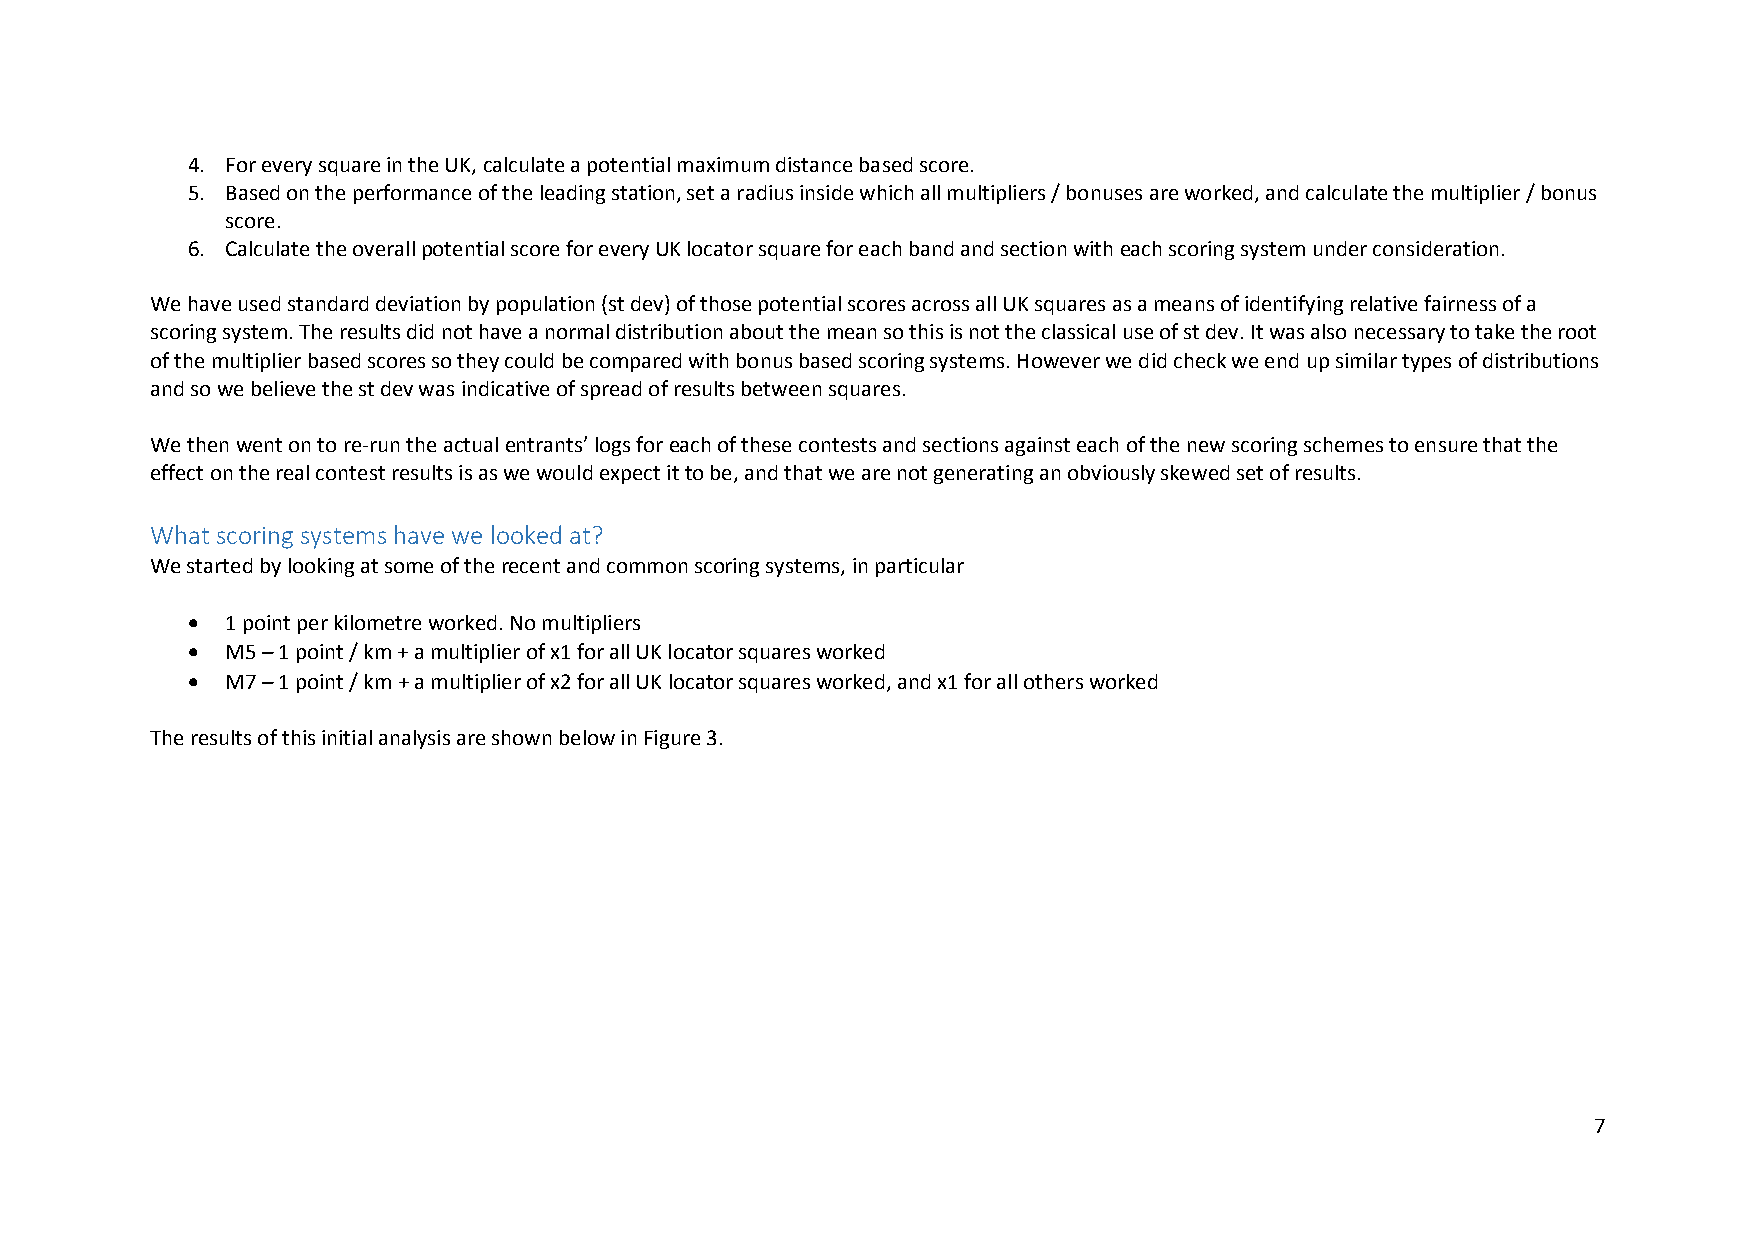
4. For every square in the UK, calculate a potential maximum distance based score.
 5. Based on the performance of the leading station, set a radius inside which all multipliers / bonuses are worked, and calculate the multiplier / bonus
 score.
 6. Calculate the overall potential score for every UK locator square for each band and section with each scoring system under consideration.
 We have used standard deviation by population (st dev) of those potential scores across all UK squares as a means of identifying relative fairness of a
 scoring system. The results did not have a normal distribution about the mean so this is not the classical use of st dev. It was also necessary to take the root
 of the multiplier based scores so they could be compared with bonus based scoring systems. However we did check we end up similar types of distributions
 and so we believe the st dev was indicative of spread of results between squares.
 We then went on to re-run the actual entrants’ logs for each of these contests and sections against each of the new scoring schemes to ensure that the
 effect on the real contest results is as we would expect it to be, and that we are not generating an obviously skewed set of results.
 What scoring systems have we looked at?
 We started by looking at some of the recent and common scoring systems, in particular
   1 point per kilometre worked. No multipliers
   M5 – 1 point / km + a multiplier of x1 for all UK locator squares worked
   M7 – 1 point / km + a multiplier of x2 for all UK locator squares worked, and x1 for all others worked
 The results of this initial analysis are shown below in Figure 3.
 7